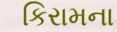
કિરામના